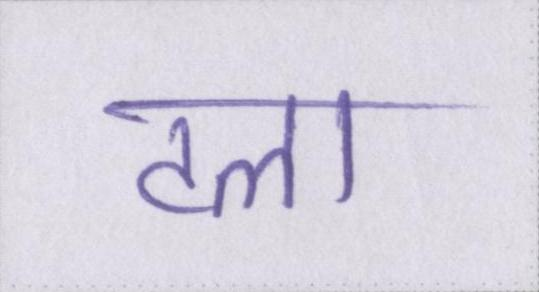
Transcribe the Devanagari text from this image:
टला